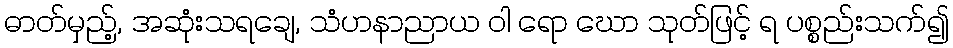
ဓာတ်မှည့်, အဆုံးသရချေ, သံဟနာညာယ ဝါ ရော ဃော သုတ်ဖြင့် ရ ပစ္စည်းသက်၍